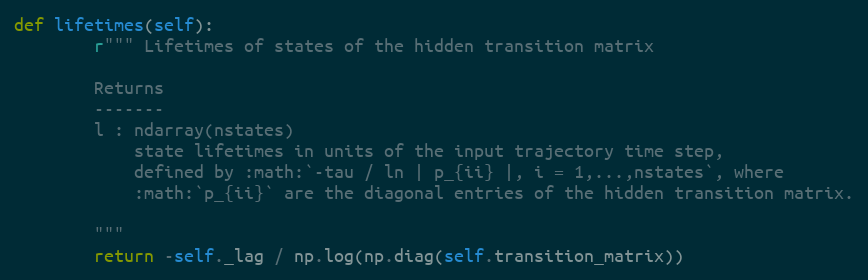
Language: Python
def lifetimes(self):
        r""" Lifetimes of states of the hidden transition matrix

        Returns
        -------
        l : ndarray(nstates)
            state lifetimes in units of the input trajectory time step,
            defined by :math:`-tau / ln | p_{ii} |, i = 1,...,nstates`, where
            :math:`p_{ii}` are the diagonal entries of the hidden transition matrix.

        """
        return -self._lag / np.log(np.diag(self.transition_matrix))